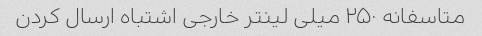
متاسفانه ۲۵۰ میلی لینتر خارجی اشتباه ارسال کردن